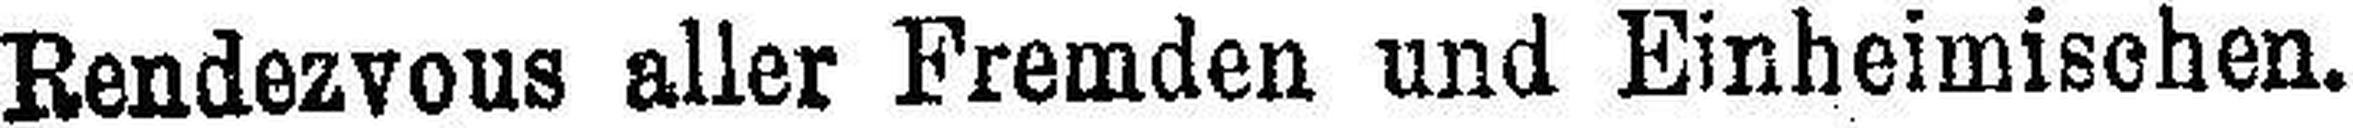
Rendezvous aller Fremden und Einheimischen.